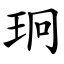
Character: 㺾